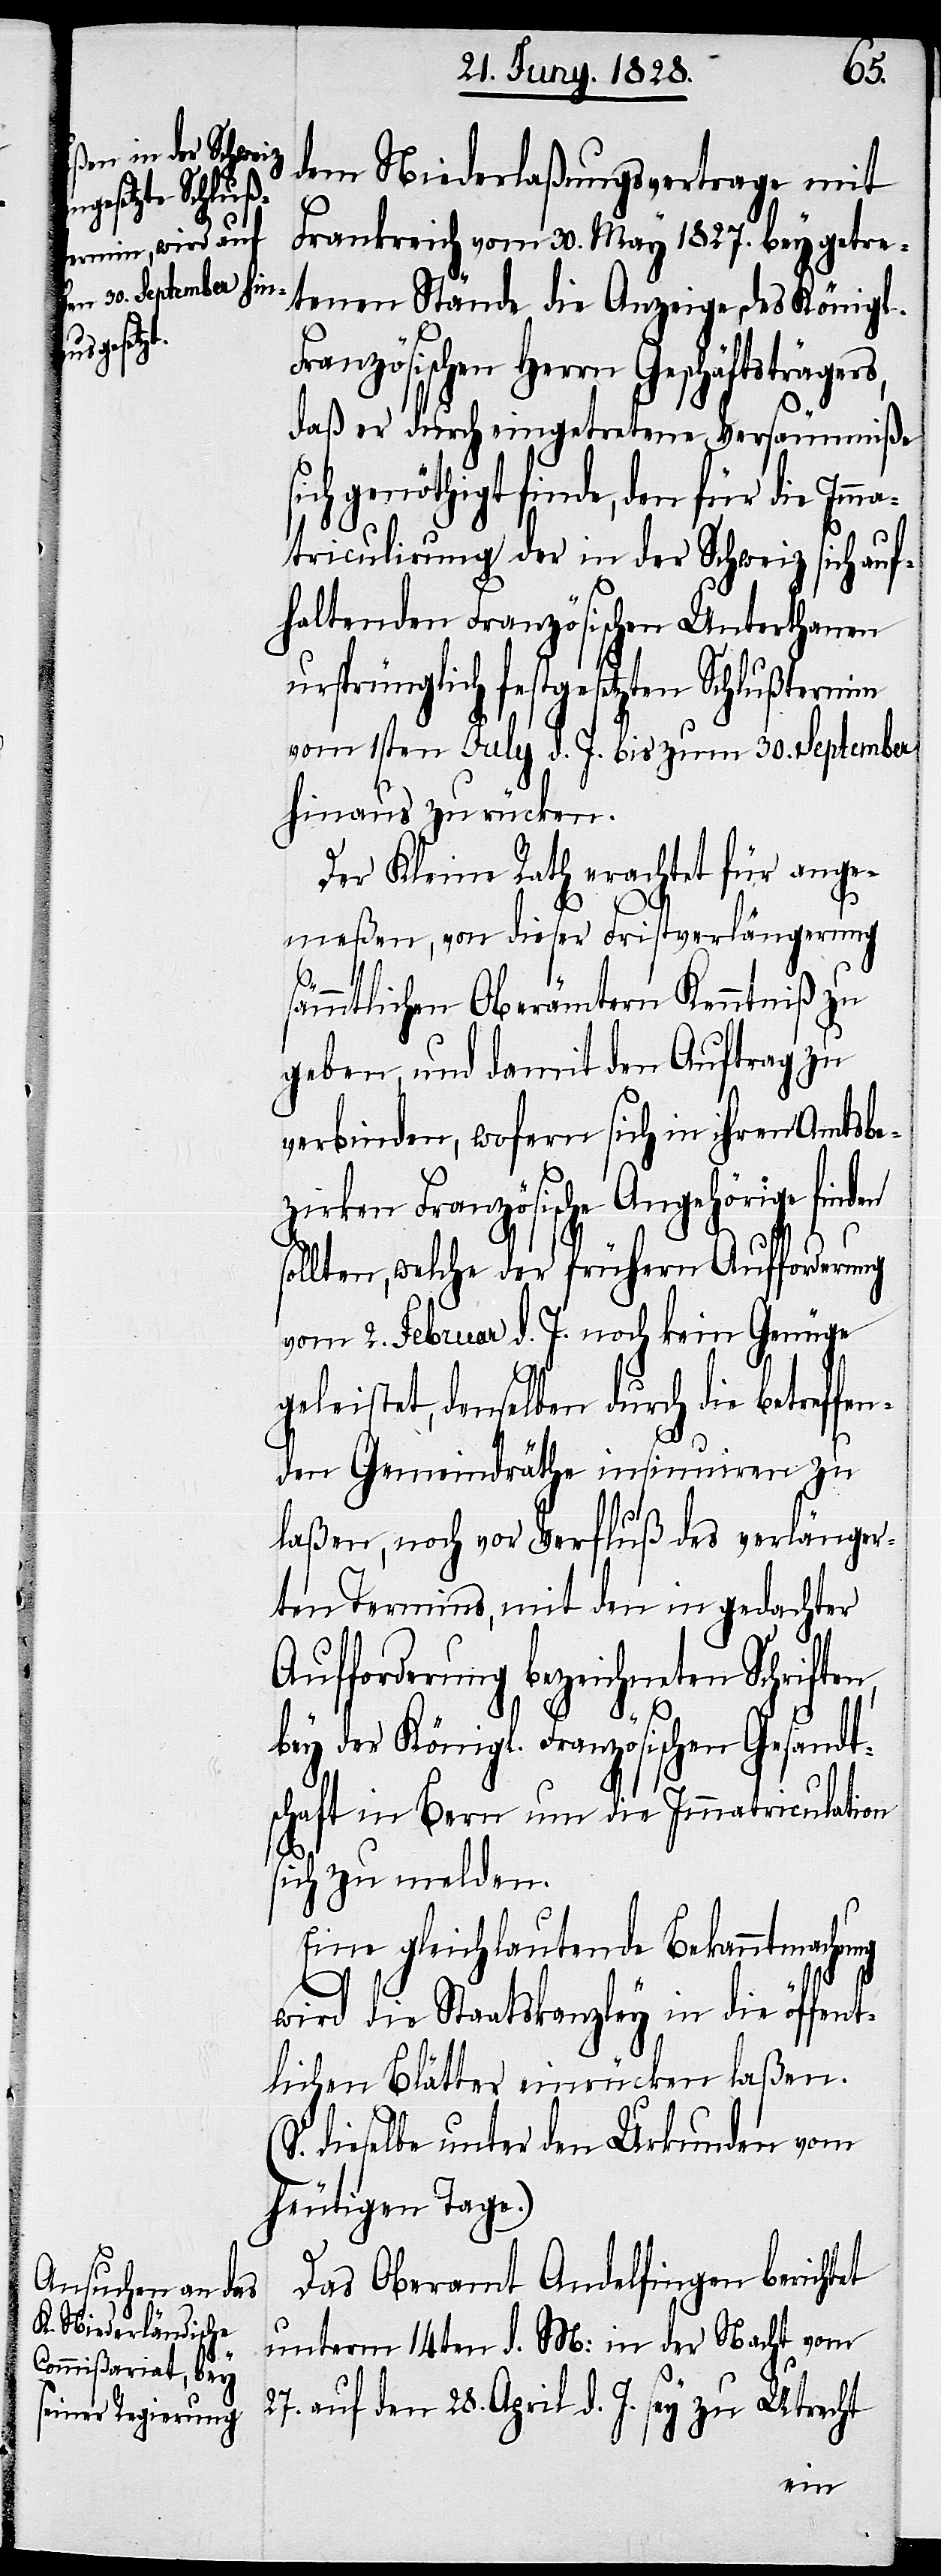
dem Niederlaßungsvertrage mit
Frankreich vom 30. May 1827. beygetre¬
tenen Stände die Anzeige des Königl.
Französischen Herrn Geschäftsträgers,
daß er durch eingetretene Versäumniße
ich genöthigt finde, den für die Imma¬
triculirung der in der Schweiz sich auf¬
haltenden Französischen Unterthanen
ursprünglich festgesetzten Schlußtermin
vom 1sten July d. J. bis zum 30. September
hinaus zu rücken.
Der Kleine Rath erachtet für ange¬
s¬
meßen, von dieser Fristverlängerung
sämmtlichen Oberämtern Kenntniß zu
geben, und damit den Auftrag zu
verbinden, wofern sich in ihren Amtsbe¬
zirken Französische Angehörige finden
sollten, welche der frühern Aufforderung
vom 2. Februar d. J. noch kein Genüge
geleistet, demselben durch die betreffe¬
nden Gemeindräthe insinuiren zu
laßen, noch vor Verfluß des verlänger¬
ten Termins, mit den in gedachter
Aufforderung bezeichneten Schrifte¬
bey der Königl. Französischen Gesandt¬
schaft in Bern um die Immatriculation
sich zu melden.
Eine gleichlautende Bekanntmachung
n,
wird die Staatskanzley in die öffent¬
lichen Blätter einrücken laßen.
(S. dieselbe unter den Urkunden vom
heutigen Tage.)
Das Oberamt Andelfingen berichtet
unterm 14ten d. M: in der Nacht vom
27. auf den 28. April d. J. sey zu Utrecht